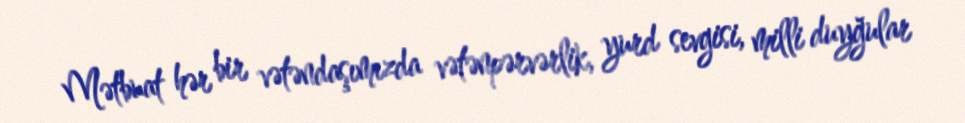
Mətbuat hər bir vətəndaşımızda vətənpərvərlik, yurd sevgisi, milli duyğular